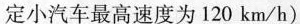
定小汽车最高速度为120km/h)